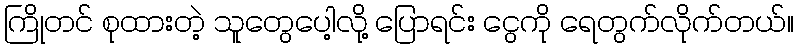
ကြိုတင် စုထားတဲ့ သူတွေပေါ့လို့ ပြောရင်း ငွေကို ရေတွက်လိုက်တယ်။